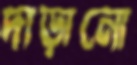
দাড়ানো